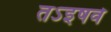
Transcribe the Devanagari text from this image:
तऽइषवे